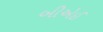
બીએઈ